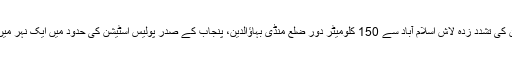
بعد ازاں 30 مئی کو ان کی تشدد زدہ لاش اسلام آباد سے 150 کلومیٹر دور ضلع منڈی بہاؤالدین، پنجاب کے صدر پولیس اسٹیشن کی حدود میں ایک نہر میں تیرتی ہوئی پائی گئی۔